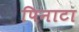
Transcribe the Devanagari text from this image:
पिनाटा